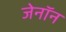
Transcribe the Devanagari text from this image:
जेनॉन